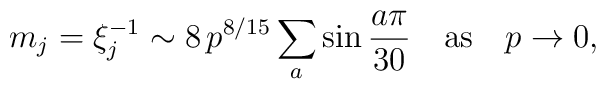
m_j =\xi_j^{-1}\sim 8\, p^{8/15}  \sum_a \sin \frac{a\pi}{30}\quad \mbox{as} \quad p \to 0,